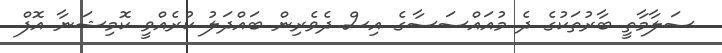
ސަލާމާތީ ބާރުތަކުގެ ދެ މުއައްސަސާގެ އިސް ދެވެރިން ބައްދަލު ކުރެއްވީ ކޮމިޝަނާ އޮފް